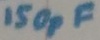
Text: 150pF